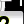
Digit: 2